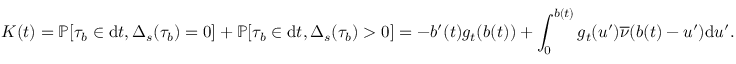
K ( t ) = \mathbb { P } [ \tau _ { b } \in \mathrm { d } t , \Delta _ { s } ( \tau _ { b } ) = 0 ] + \mathbb { P } [ \tau _ { b } \in \mathrm { d } t , \Delta _ { s } ( \tau _ { b } ) > 0 ] = - b ^ { \prime } ( t ) g _ { t } ( b ( t ) ) + \int _ { 0 } ^ { b ( t ) } g _ { t } ( u ^ { \prime } ) \overline { \nu } ( b ( t ) - u ^ { \prime } ) \mathrm { d } u ^ { \prime } .